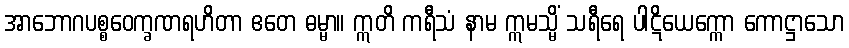
အာဘောဂပစ္စဝေက္ခဏရဟိတာ ဧတေ ဓမ္မာ။ ဣတိ ကရီသံ နာမ ဣမသ္မိံ သရီရေ ပါဋိယေက္ကော ကောဋ္ဌာသော